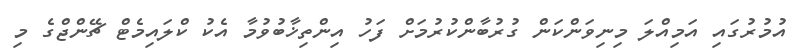
އުމުރުގައި އަމިއްލަ މިނިވަންކަން ގުރުބާންކުރުމަށް ފަހު އިންތިޚާބުވުމާ އެކު ކްލައިމެޓް ޗޭންޖްގެ މި